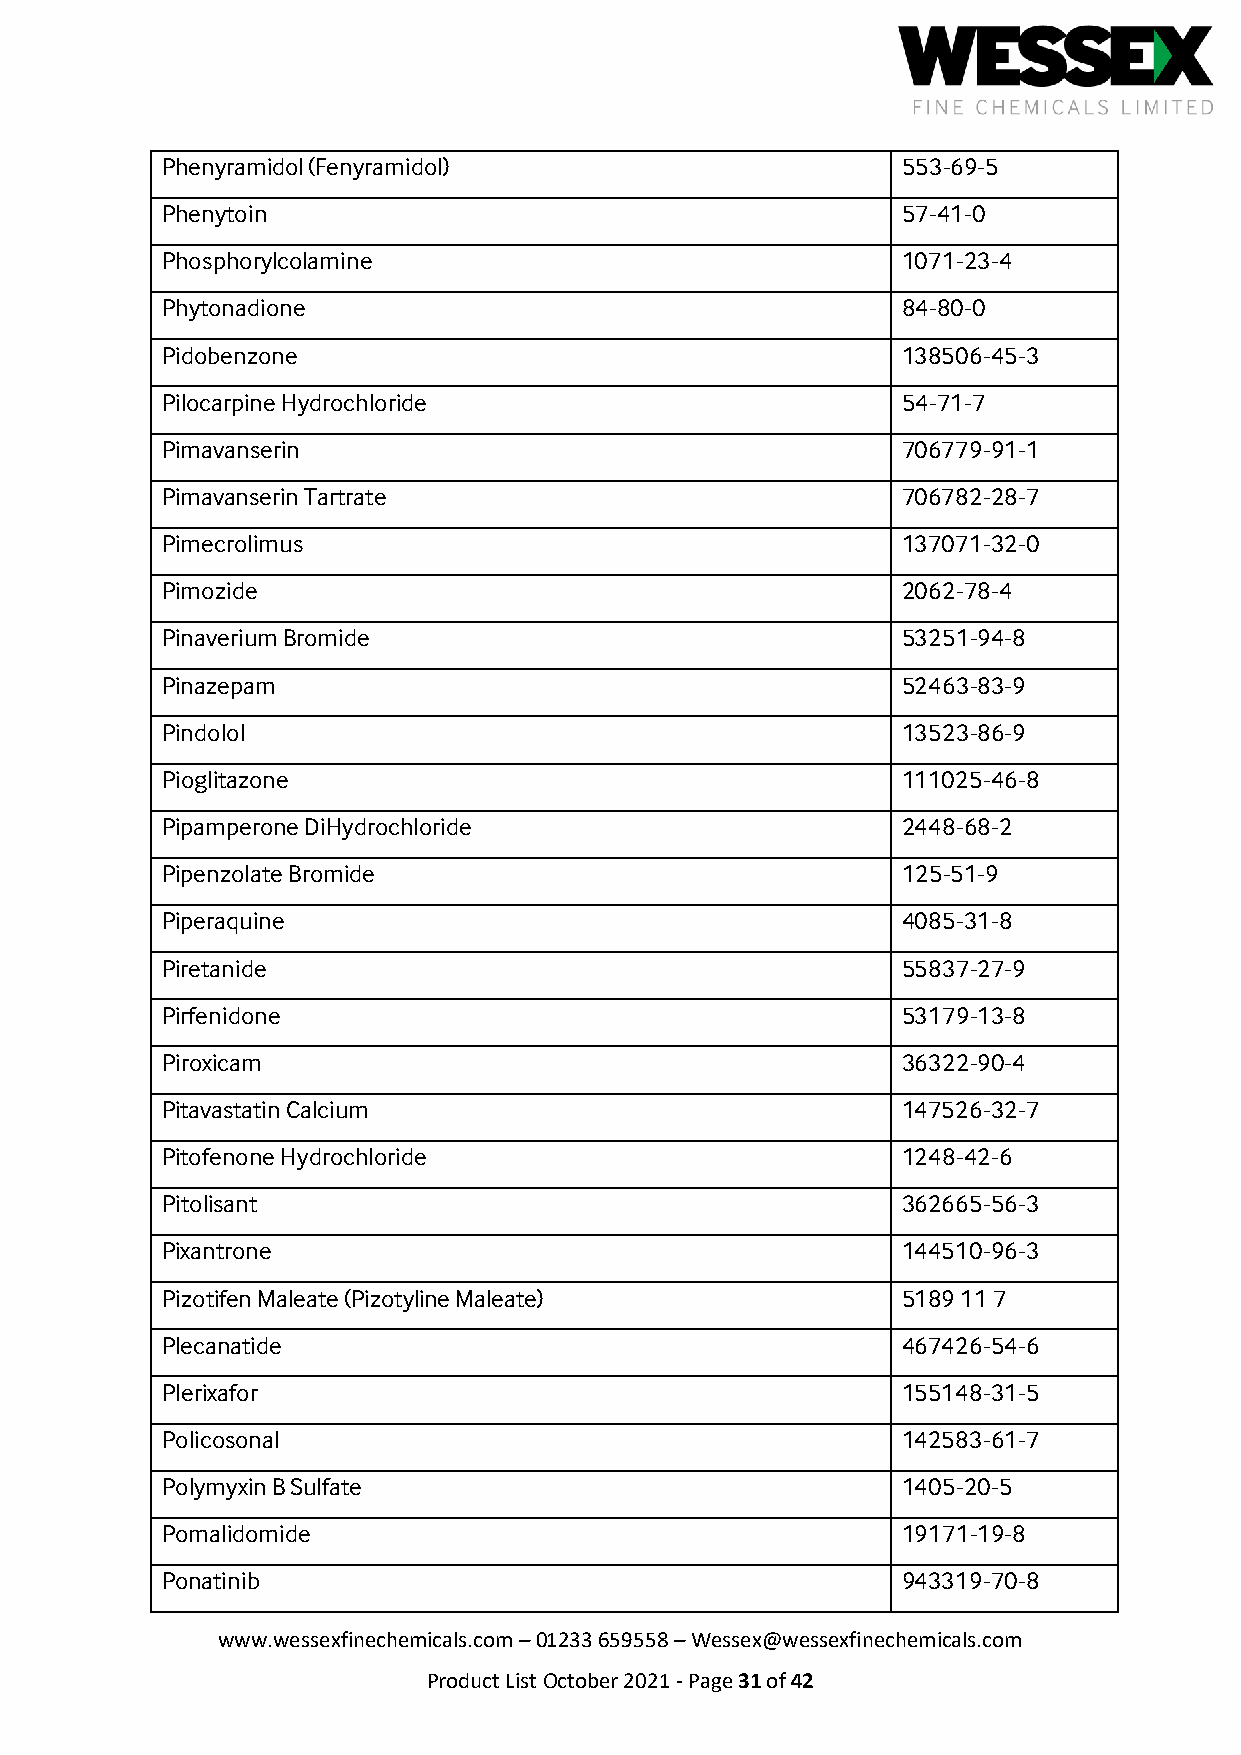
Phenyramidol (Fenyramidol)                       553-69-5
 Phenytoin                                        57-41-0
 Phosphorylcolamine                               1071-23-4
 Phytonadione                                     84-80-0
 Pidobenzone                                      138506-45-3
 Pilocarpine Hydrochloride                        54-71-7
 Pimavanserin                                     706779-91-1
 Pimavanserin Tartrate                            706782-28-7
 Pimecrolimus                                     137071-32-0
 Pimozide                                         2062-78-4
 Pinaverium Bromide                               53251-94-8
 Pinazepam                                        52463-83-9
 Pindolol                                         13523-86-9
 Pioglitazone                                     111025-46-8
 Pipamperone DiHydrochloride                      2448-68-2
 Pipenzolate Bromide                              125-51-9
 Piperaquine                                      4085-31-8
 Piretanide                                       55837-27-9
 Pirfenidone                                      53179-13-8
 Piroxicam                                        36322-90-4
 Pitavastatin Calcium                             147526-32-7
 Pitofenone Hydrochloride                         1248-42-6
 Pitolisant                                       362665-56-3
 Pixantrone                                       144510-96-3
 Pizotifen Maleate (Pizotyline Maleate)           5189 11 7
 Plecanatide                                      467426-54-6
 Plerixafor                                       155148-31-5
 Policosonal                                      142583-61-7
 Polymyxin B Sulfate                              1405-20-5
 Pomalidomide                                     19171-19-8
 Ponatinib                                        943319-70-8
 www.wessexfinechemicals.com – 01233 659558 – Wessex@wessexfinechemicals.com
 Product List October 2021 - Page 31 of 42